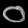
Digit: ၀